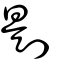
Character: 㓳